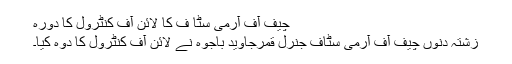
چیف آف آرمی سٹا ف کا لائن آف کنٹرول کا دورہ
زشتہ دنوں چیف آف آرمی سٹاف جنرل قمرجاوید باجوہ نے لائن آف کنٹرول کا دوہ کیا۔